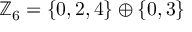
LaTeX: \mathbb { Z } _ { 6 } = \{ 0 , 2 , 4 \} \oplus \{ 0 , 3 \}